Lunatic asylums Madras 1892-1911 - 1892-1911
Year: 1892
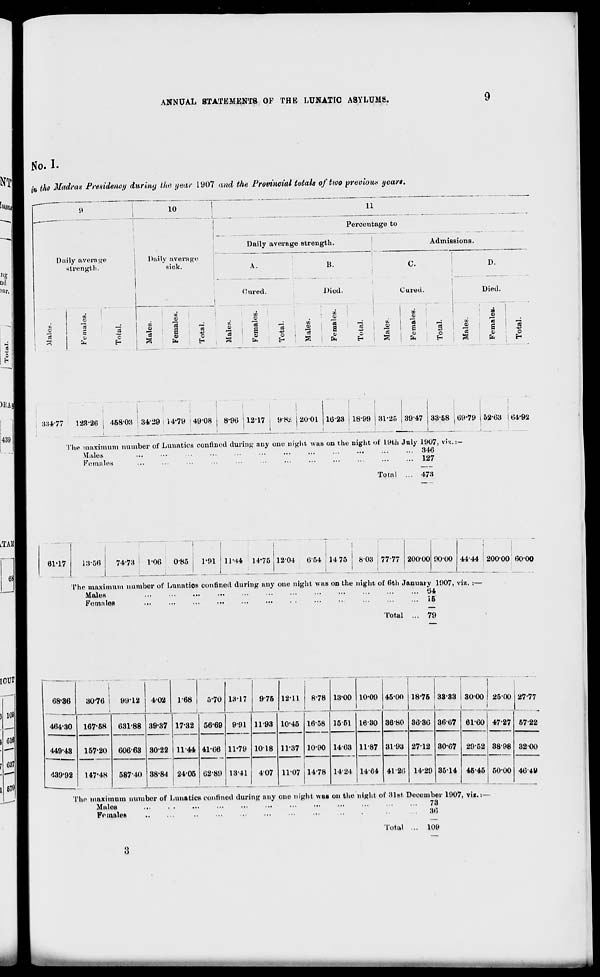
ANNUAL STATEMENTS OF THE LUNATIC ASYLUMS.
No. I.
in the Madras Presidency durluy the year 1907 and the Provincial totals of two previous years.
Doily average
strength.
■n
5
C
10
11
Pei-centage to
Daily average
sick.
Daily average strength.
A.
Oared.
to
at
%
CO
■*=
0
"3
®
"c3
s
a>
CO
e
B.
Died.
a
0)
Admissions.
c
lb
a
Cured.
CS
E
o>
o
EH
CO
"3
Died.
o
6H
884*77
128-26 \ 458-03 i 3429 14-79 149-08 i 8'96 112-17 I 9*82 120-01 16-23 | 18-99 31-25 39-47 33-58 , 69-79 j 52-63 i 64'92
The maximum number of Lunatics confined during any one night was on the night of 19th July 1907, vi/,.:—
Males
846
Females
...
•■
• ••
• ••
• ■ •
•••
• •■
•••
•••
• •■
•••
■ •■ 127
Total ... 473
61-17
18-56
74-73
1-06
085 i 1-91 11-44 14*75 1204
654 1475 \ 803 7777
I
!
I
200-00 90-00 4444 20000 6000
The maximum number of Lnnatios confined during any one night was on the night of (5th January 1907, viz. :—
Males
...
...
...
...
...
...
...
■ •.
...
...
...
... 64
Females
...
...
...
...
...
...
. .
...
...
...
...
... 15
Total ... 79
68-36
30-76 i 99-12 402
168 | 5-70 18-17
976 12-11
8-78 13-00 10-09 45-00 18-76 38-83 3000 25-00 27-77
464-30 167-58 631-88 39-37 1732 56-69 9-91
11-79
11-98 10-45
11-37
16-58 15-51 16-80 36-80
31-93
41-26
36-30 36-67 61-60
29-52
47-27
3898
50-00
5722
449-43
157-20
147-48
606-63 30-22 11-44 41-66
62-89
1018
10-90 14-63
14-24
11-87
1464
2712
14-29
30-67
3514
32 00
'139-92
587 40 38-84 24-05
18-41
407 1107 1478
...
45-45
46-4V
The maximum number of Lunatics confined during any one night was on the night of 31st December 1907, via.:-
Malos
73
FemaleB
..
...
36
Total ... 109
8